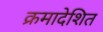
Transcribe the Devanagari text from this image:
क्रमादेशित